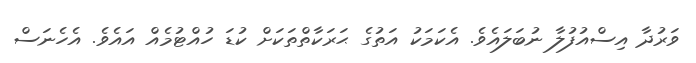
ވަރުދާ އިސްއުފުލާ ނުބަލައެވެ. އެކަމަކު އަތުގެ ޙަރަކާތްތަކަށް ކުޑަ ހުއްޓުމެއް އައެވެ. އެހެނަސް